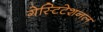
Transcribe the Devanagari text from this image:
गेस्टिटेशनल